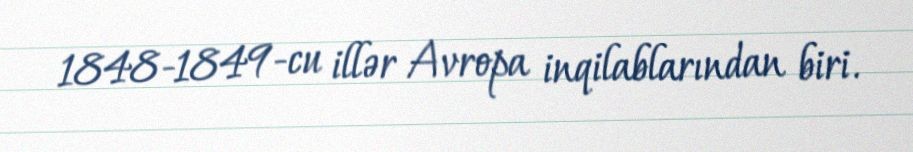
1848-1849-cu illər Avropa inqilablarından biri.